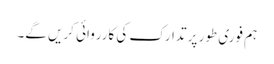
ہم فوری طور پر تدارک کی کارروائی کریں گے۔